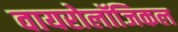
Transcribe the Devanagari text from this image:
वायरोलॉजिकल